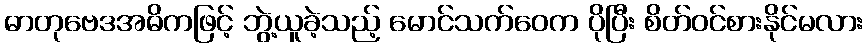
ဓာတုဗေဒအဓိကဖြင့် ဘွဲ့ယူခဲ့သည့် မောင်သက်ဝေက ပိုပြီး စိတ်ဝင်စားနိုင်မလား